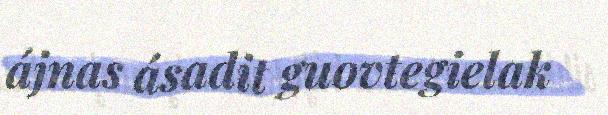
ájnas ásadit guovtegielak